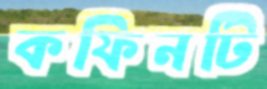
কফিনটি